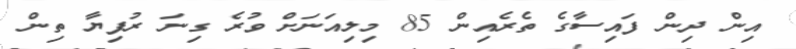
އިން ދިން ފައިސާގެ ތެރެއިން 85 މިލިއަނަށް ވުރެ ގިނަ ރުފިޔާ ތިން